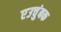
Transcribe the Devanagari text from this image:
एउचुंबक